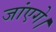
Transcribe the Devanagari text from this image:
जांएगे।